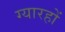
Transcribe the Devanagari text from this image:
ग्यारहों